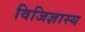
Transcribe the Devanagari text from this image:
विजिज्ञास्य